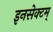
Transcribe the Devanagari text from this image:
इनसेक्टम्‌